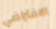
الافتراضي